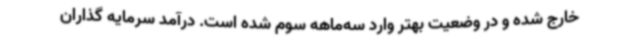
خارج شده و در وضعیت بهتر وارد سه‌ماهه سوم شده است. درآمد سرمایه گذاران